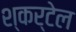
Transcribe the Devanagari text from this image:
श्कर्टेल